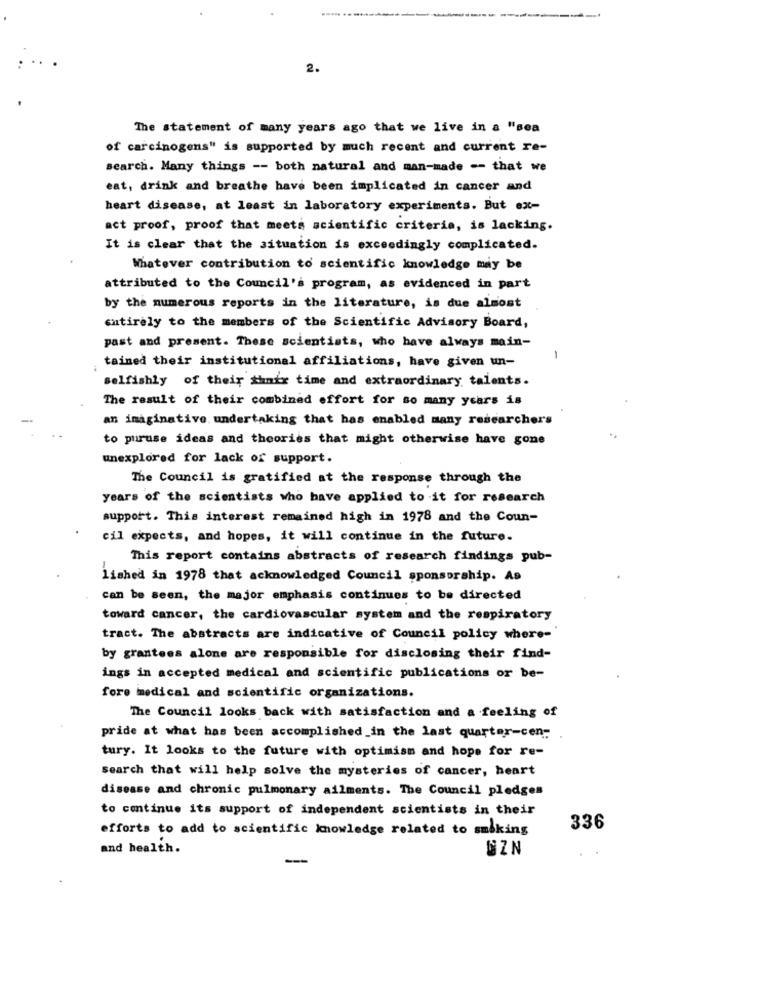
2.
The statement of many years ago that we live in a "sea
of carcinogens" is supported by much recent and current re-
search. Many things -- both natural and man-made -- that we
eat, drink and breathe have been implicated in cancer and
heart disease, at least in laboratory experiments. But ex-
act proof, proof that meets scientific criteria, is lacking.
It is clear that the situation is exceedingly complicated.
Whatever contribution to scientific knowledge my be
attributed to the Council's program, as evidenced in part
by the numerous reports in the literature, is due almost
entirely to the members of the Scientific Advisory Board,
past and present. These scientists, who have always main-
tained their institutional affiliations, have given un-
selfishly of their thnix time and extraordinary talents.
The result of their combined effort for so many years is
an imaginative undertaking that has enabled many researchers
to puruse ideas and theories that might otherwise have gone
unexplored for lack of support.
The Council is gratified at the response through the
years of the scientists who have applied to it for research
support. This interest remained high in 1978 and the Coun-
cil expects, and hopes, it will continue in the future.
This report contains abstracts of research findings pub-
lished in 1978 that acknowledged Council sponsorship. As
can be seen, the major emphasis continues to be directed
toward cancer, the cardiovascular system and the respiratory
tract. The abstracts are indicative of Council policy where-
by grantees alone are responsible for disclosing their find-
ings in accepted medical and scientific publications or be-
fore medical and scientific organizations.
The Council looks back with satisfaction and a feeling of
pride at what has been accomplished _in the last quarter-cen-
tury. It looks to the future with optimism and hope for re-
Search that will help solve the mysteries of cancer, heart
disease and chronic pulmonary ailments. The Council pledges
to continue its support of independent scientists in their
efforts to add to scientific knowledge related to smiking
336
and health.
---